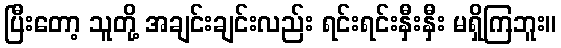
ပြီးတော့ သူတို့ အချင်းချင်းလည်း ရင်းရင်းနှီးနှီး မရှိကြဘူး။